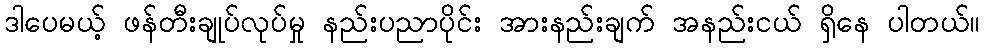
ဒါပေမယ့် ဖန်တီးချုပ်လုပ်မှု နည်းပညာပိုင်း အားနည်းချက် အနည်းငယ် ရှိနေ ပါတယ်။